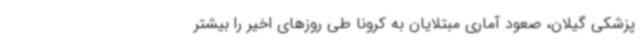
پزشکی گیلان، صعود آماری مبتلایان به کرونا طی روزهای اخیر را بیشتر